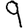
Digit: 9